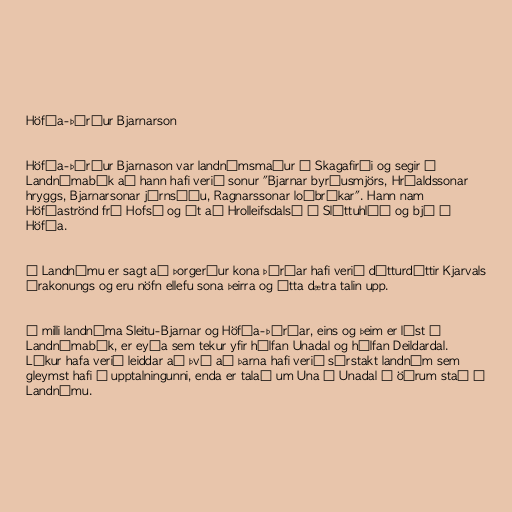
Höfða-Þórður Bjarnarson

Höfða-Þórður Bjarnason var landnámsmaður í Skagafirði og segir í
Landnámabók að hann hafi verið sonur "Bjarnar byrðusmjörs, Hróaldssonar
hryggs, Bjarnarsonar járnsíðu, Ragnarssonar loðbrókar". Hann nam
Höfðaströnd frá Hofsá og út að Hrolleifsdalsá í Sléttuhlíð og bjó á
Höfða.

Í Landnámu er sagt að Þorgerður kona Þórðar hafi verið dótturdóttir Kjarvals
Írakonungs og eru nöfn ellefu sona þeirra og átta dætra talin upp.

Á milli landnáma Sleitu-Bjarnar og Höfða-Þórðar, eins og þeim er lýst í
Landnámabók, er eyða sem tekur yfir hálfan Unadal og hálfan Deildardal.
Líkur hafa verið leiddar að því að þarna hafi verið sérstakt landnám sem
gleymst hafi í upptalningunni, enda er talað um Una í Unadal á öðrum stað í
Landnámu.